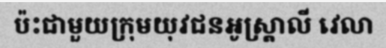
ប៉ះជាមួយក្រុមយុវជនអូស្ត្រាលី វេលា